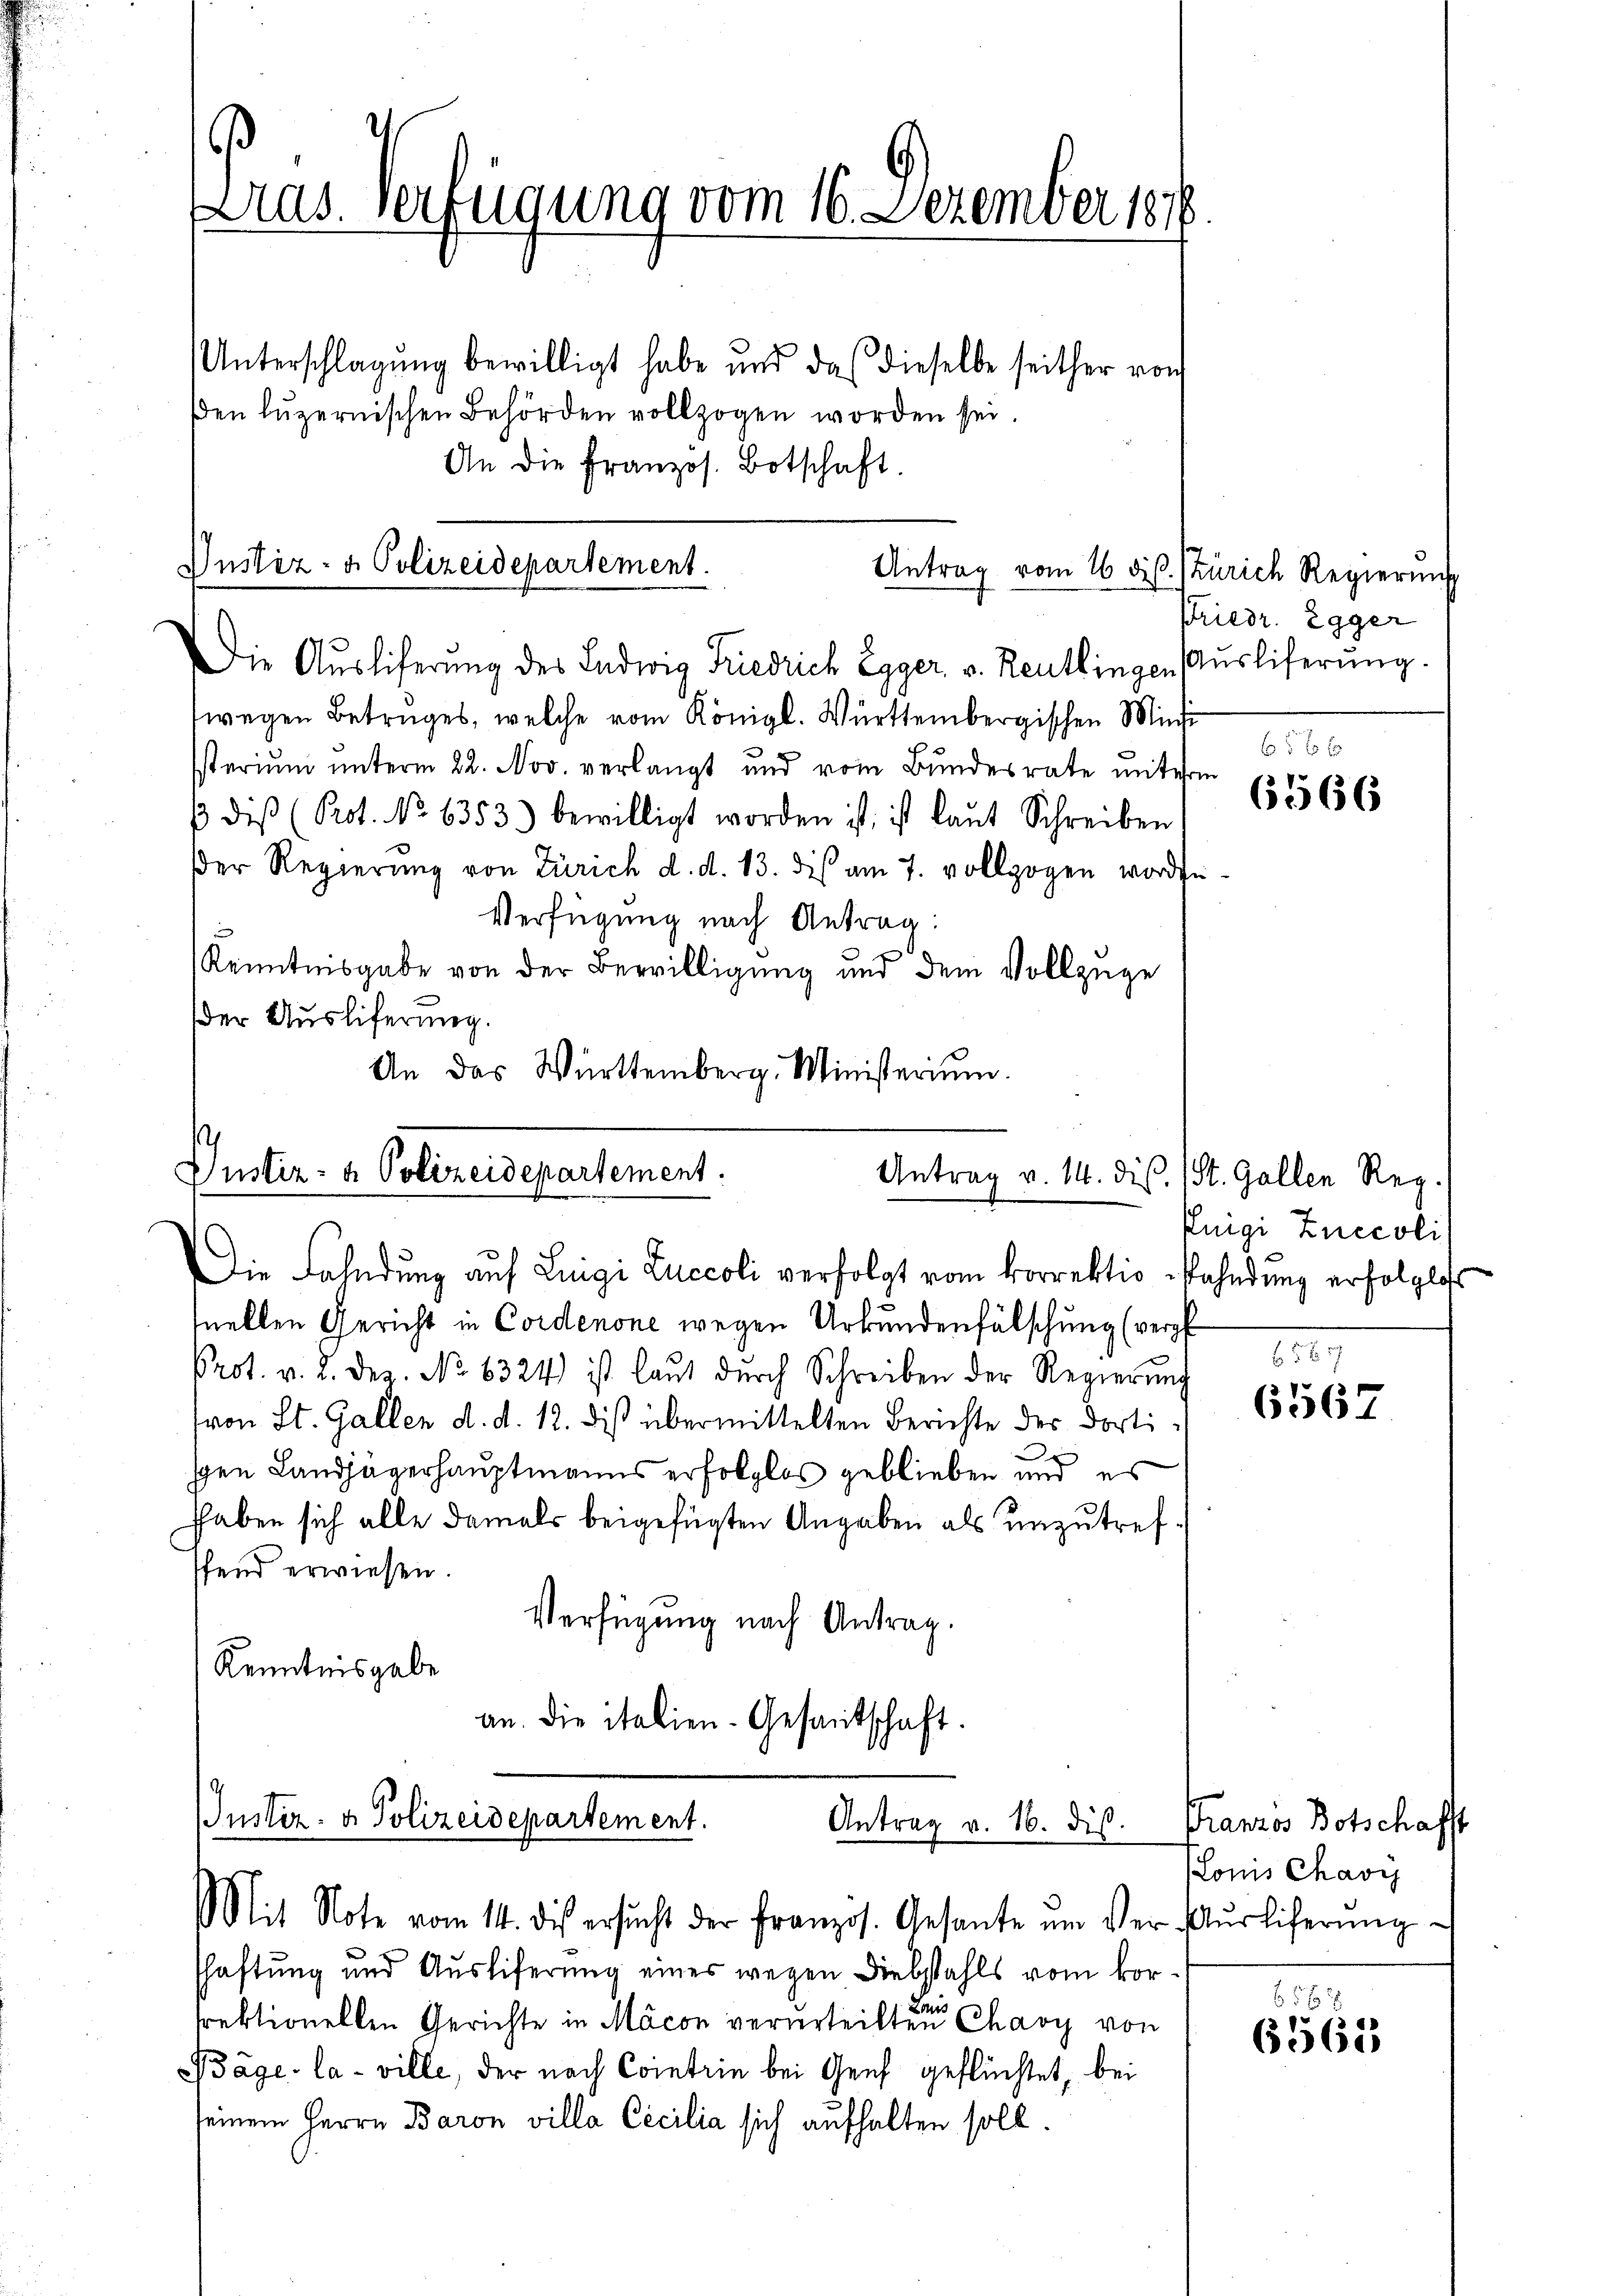
ras. Verfügung vom 16. Dezember 1816

Unterschlagung bewilligt habe und das dieselbe seither von
den Lŭzernischen Behörden vollzogen worden sei.
An die Französ. Botschaft.

Die Aŭsliferŭng des Ludwig Friedrich Egger, v. Reutlingen Aŭsliferŭng.
wegen Betruges, welche vom Königl. Württembergischen Mini
sterium unterm 22. Nov. verlangt und vom Bundesrate miterm
 diβ (Prot. No 6353) bewilligt worden ist, ist laut Schreiben
der Regierŭng von Zürich d. d. 13. dis am 7. vollzogen worden
Verfügung nach Antrag:
u
Kenntnisgabe von der Bewilligung und dem Vollzüge
der Ausliferung.
An das Württemberg. Ministerium.

quellen Gericht in Cordenone wegen Urkundenfälschung (verpf
Prot. v. 2. Dez. No 6324) ist laut durch Schreiben der Regierŭng
von St. Gallen d. d. 12. dis übermittelten Berichte des dorti¬
.
sgen Landjägerhauptmanns erfolglos geblieben und es
haben sich alle damals beigefügten Angaben als unzutrefffend erwiesen.
Verfügung nach Antrag.
Kenntnisgabe
an. die italien-Gesantschaft.

Justiz- & Polizeidepartement.
Antrag vom 16. d. Zürich Regierung

Justiz- & Polizeidepartement.
Antrag v. 14. dis.
Die Fahndung auf Luigi Luccoli verfolgt vom korrektio Bahndung erfolglich

Justiz- & Polizeidepartement.
Antrag v. 16. dis.
Mit Note vom 14. des ersŭcht der Französ. Gesante um der Aŭsliferŭng

schaftung und Ausliferung eines wegen Diebstahls vom kor-
de
srektionellen Gerichte in Mäcon verurteilten Chaoy von
Bäge, la ville, der nach Contrin bei Genf geflüchtet, bei
seinem Herrn Baron villa Cecilia sich aufhalten soll.

Friedr. Egger
6 f 2 x

6366

St. Gallen Reg.
Kuigi Znccoli

6567

8

Franzos Botschafft
Lonis Chavi

656 x
6561